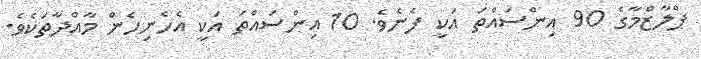
ޕްލާޒްމާގެ 90 އިންސައްތަ އަކީ ފެނެވެ. 10 އިންސައްތަ އަކީ އެހެނިހެން މާއްދާތަކެވެ.